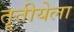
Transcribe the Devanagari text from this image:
तॄतीयेला